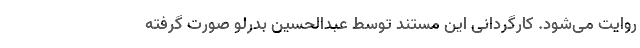
روایت می‌شود. کارگردانی این مستند توسط عبدالحسین بدرلو صورت گرفته